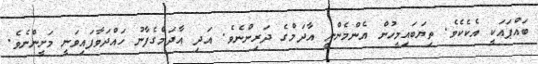
ބައްޕައަކީ އެކެކެވެ. ތިޔަބައިމީހުން އެންމެންނީ އާދަމްގެ ދަރިންނެވެ. އަދި އާދަމްގެފާނު ހައްދަވާފައިވަނީ މަށީންނެވެ.